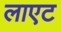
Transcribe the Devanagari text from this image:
लाएट